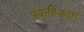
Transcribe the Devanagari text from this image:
प्रवाहिकता